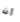
أن